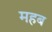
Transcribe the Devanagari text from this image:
महब